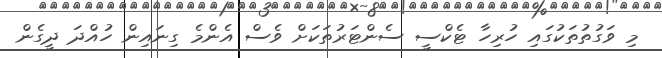
މި ވަގުތުތަކުގައި ހުރިހާ ޓެކްސީ ސެންޓަރުތަކަށް ވެސް އެންމެ ގިނައިން ހުއްދަ ދީގެން